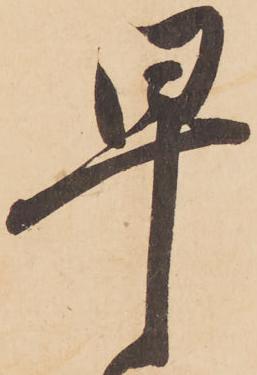
早